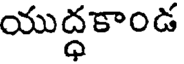
యుద్ధకాండ